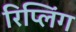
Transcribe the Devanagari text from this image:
रिप्लिंग